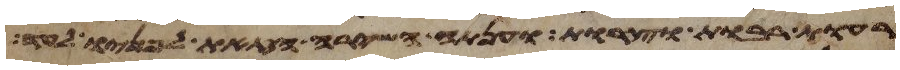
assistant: רעות רבות וצרות וענתה השירה הזאת לפניו לעד